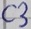
Text: C3